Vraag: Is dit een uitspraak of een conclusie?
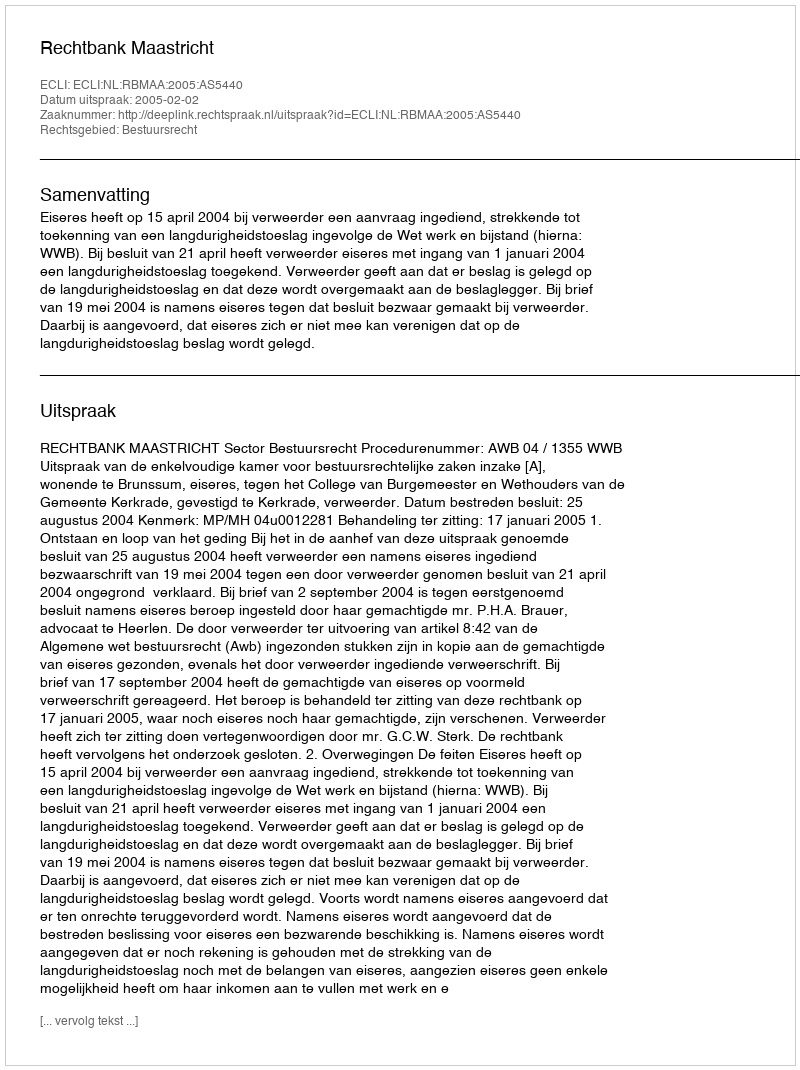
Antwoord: Uitspraak